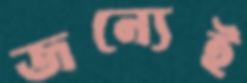
জন্যেই